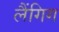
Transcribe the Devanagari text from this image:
लैंगिग